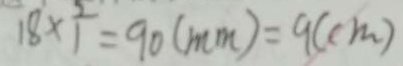
1 8 \times 1 = 9 0 ( m m ) = 9 ( c m )